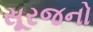
સૂરજનો